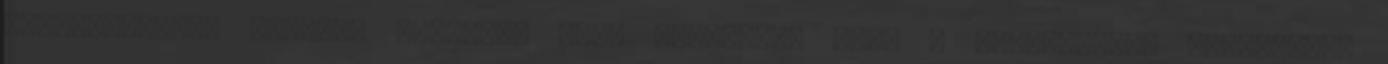
karbantartást igazoló címkével kell ellátnia. 8.6. A karbantartó személynek